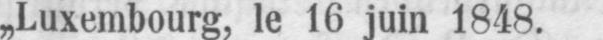
„Luxembourg, le 16 juin 1848.